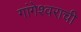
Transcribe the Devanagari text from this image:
गांगेश्वराची